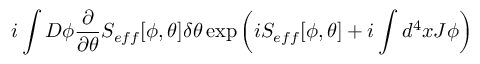
i \int D \phi \frac { \partial } { \partial \theta } S _ { e f f } [ \phi , \theta ] \delta \theta \exp \left( i S _ { e f f } [ \phi , \theta ] + i \int d ^ { 4 } x J \phi \right)